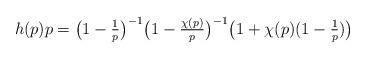
LaTeX: \begin{align*} h(p)p = \bigl(1-\tfrac1p\bigr)^{-1}\bigl(1-\tfrac{\chi(p)}{p}\bigr)^{-1}\bigl(1 +\chi(p)(1-\tfrac{1}{p})\bigr) \end{align*}